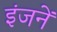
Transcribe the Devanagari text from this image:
इंजनें